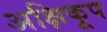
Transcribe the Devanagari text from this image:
अक्षिकूप